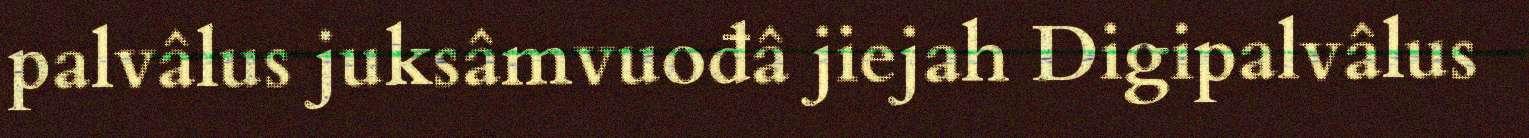
palvâlus juksâmvuođâ jiejah Digipalvâlus